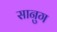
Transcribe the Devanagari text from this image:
सानुग